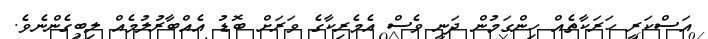
އަސްކަރީ ހަރަކާތެއް ހިންގަމުން ދަނީ ވެސް އެމެރިކާގެ ވަރަށް ބޮޑު އެއްބާރުލުމެއް ލިބިގެންނެވެ.